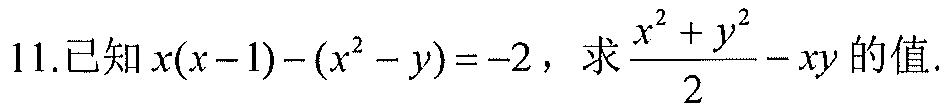
11.已知\(x(x - 1)-(x^{2}-y)=-2\)，求\(\dfrac{x^{2}+y^{2}}{2}-xy\)的值.